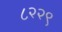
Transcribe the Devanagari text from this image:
८२२९